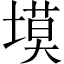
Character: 塻